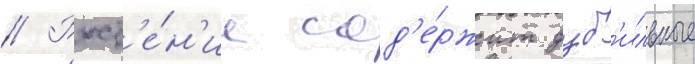
// Раст'е́н'ие сод'е́ржит дуб'ильные